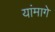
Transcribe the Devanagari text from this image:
यांमागे